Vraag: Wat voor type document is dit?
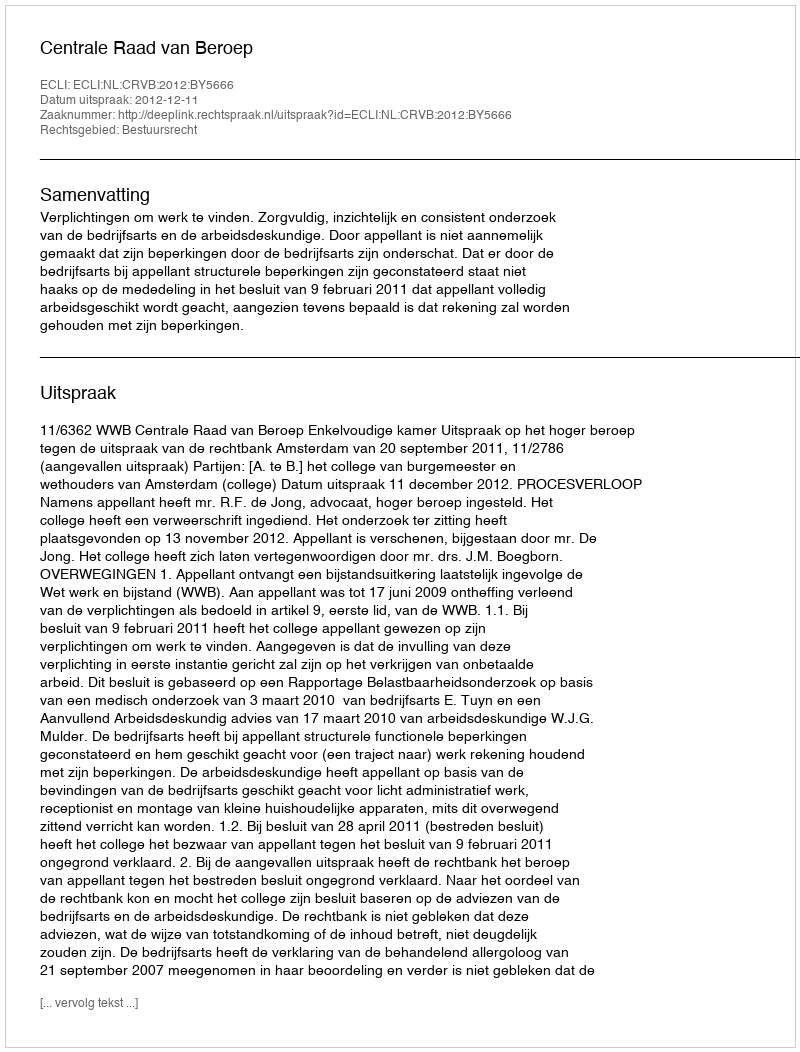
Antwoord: Uitspraak